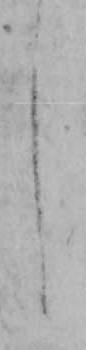
し